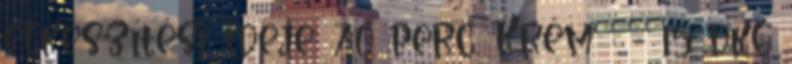
elkészítési ideje: 70 perc. Krém : - 15 dkg